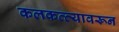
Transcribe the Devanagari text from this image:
कलकत्त्यावरून